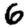
Digit: 6